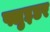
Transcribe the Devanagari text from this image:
फ्लुइडर